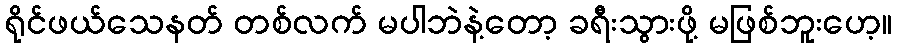
ရိုင်ဖယ်သေနတ် တစ်လက် မပါဘဲနဲ့တော့ ခရီးသွားဖို့ မဖြစ်ဘူးဟေ့။